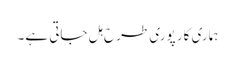
ہماری کار پوری طرح ہل جاتی ہے۔